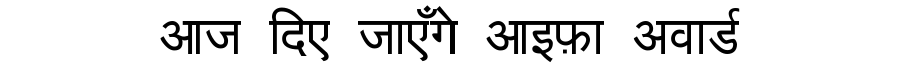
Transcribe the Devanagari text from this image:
आज दिए जाएँगे आइफ़ा अवार्ड